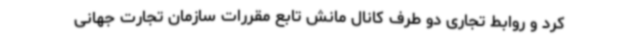
کرد و روابط تجاری دو طرف کانال مانش تابع مقررات سازمان تجارت جهانی